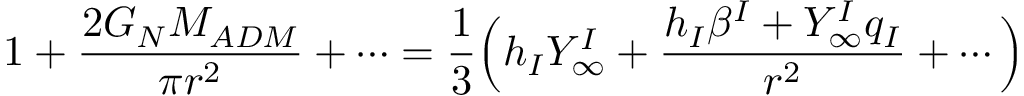
1 + { \frac { 2 G _ { N } M _ { A D M } } { \pi r ^ { 2 } } } + \cdots = { \frac { 1 } { 3 } } \Big ( h _ { I } Y _ { \infty } ^ { I } + { \frac { h _ { I } \beta ^ { I } + Y _ { \infty } ^ { I } q _ { I } } { r ^ { 2 } } } + \cdots \Big )